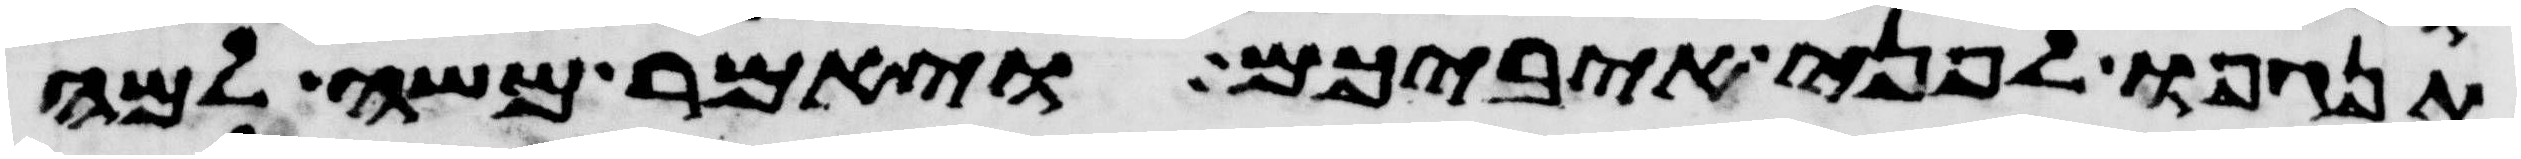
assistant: תנגפו לפני איביכם ויאמר משה למה